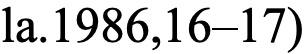
la.1986,16–17)